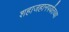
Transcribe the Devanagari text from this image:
शहाजहानपर्यंतच्या